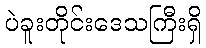
ပဲခူးတိုင်းဒေသကြီးရှိ